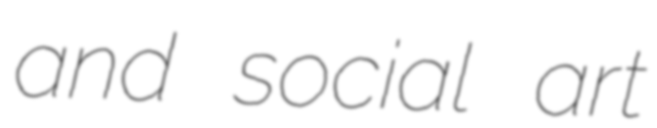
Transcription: and social art